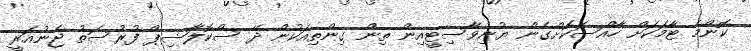
ކޮންމެ ޓާމަކަށް ހާއްސަކޮށްގެން ޔުނިވާސިޓީއިން ތިން ގިންތިއަކުން ދޭ ސްކޮލާޝިޕް ފުރުސަތު ޖެނުއަރީ